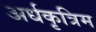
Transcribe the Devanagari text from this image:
अर्धकृत्रिम